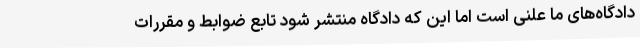
دادگاه‌های ما علنی است اما این که دادگاه منتشر شود تابع ضوابط و مقررات